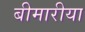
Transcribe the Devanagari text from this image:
बीमारीया